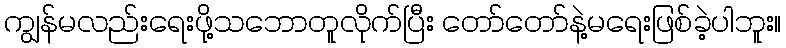
ကျွန်မလည်းရေးဖို့သဘောတူလိုက်ပြီး တော်တော်နဲ့မရေးဖြစ်ခဲ့ပါဘူး။